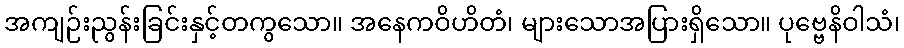
အကျဉ်းညွန်းခြင်းနှင့်တကွသော။ အနေကဝိဟိတံ၊ များသောအပြားရှိသော။ ပုဗ္ဗေနိဝါသံ၊